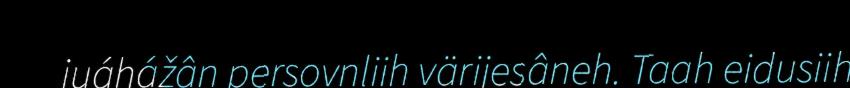
juáhážân persovnliih värijesâneh. Taah eidusiih